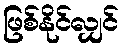
ဖြစ်နိုင်လျှင်